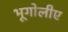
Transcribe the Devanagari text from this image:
भूगोलीए